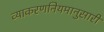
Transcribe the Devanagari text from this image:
व्याकरणनियमानुसारी